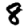
Digit: 8